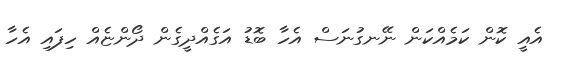
އެއީ ކޮން ކަމެއްކަން ނޭނގުނަސް އެހާ ބޮޑު އަގެއްދީގެން ދޯންޏެއް ހިފައިި އެހާ